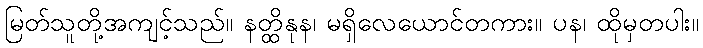
မြတ်သူတို့အကျင့်သည်။ နတ္ထိနုန၊ မရှိလေယောင်တကား။ ပန၊ ထိုမှတပါး။